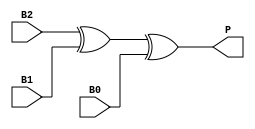
module parity_gen(B2,B1,B0,P);
input B2,B1,B0;
output P;

assign P=(B2^B1^B0);
endmodule